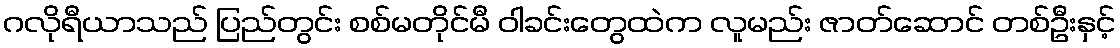
ဂလိုရီယာသည် ပြည်တွင်း စစ်မတိုင်မီ ဝါခင်းတွေထဲက လူမည်း ဇာတ်ဆောင် တစ်ဦးနှင့်